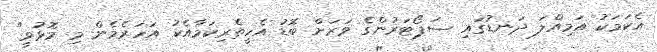
އެކަމަކު އަމިއްލަ ދަނޑުގައި ސަޕޯޓަރުންގެ ވަރަށް ބޮޑު އެހީތެރިކަމާއެކު އަހަރެމެން މި މޮޅުވީ"